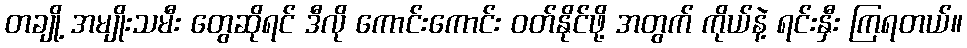
တချို့ အမျိုးသမီး တွေဆိုရင် ဒီလို ကောင်းကောင်း ဝတ်နိုင်ဖို့ အတွက် ကိုယ်နဲ့ ရင်းနှီး ကြရတယ်။